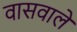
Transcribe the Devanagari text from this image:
वासवाले